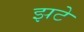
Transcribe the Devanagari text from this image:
झटे